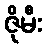
ဇိုမီး